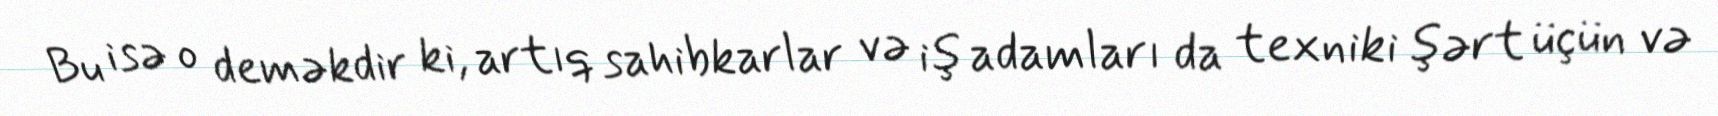
Bu isə o deməkdir ki, artıq sahibkarlar və iş adamları da texniki şərt üçün və